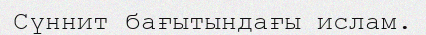
Сүннит бағытындағы ислам.